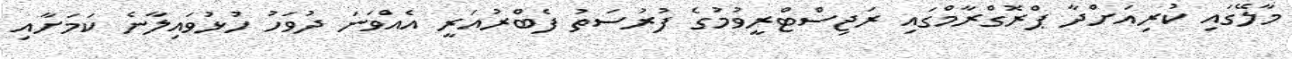
މާލޭގައި ކުރިއަށްދާ ޕްރޮގްރާމްގައި ރަޖިސްޓްރީވުމުގެ ފުރުސަތު ފެބްރުއަރީ އެއްވަނަ ދުވަހު ހުޅުވައިލާނެ ކަމަށާއި